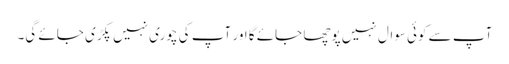
آپ سے کوئی سوال نہیں پوچھا جائے گا اور آپ کی چوری نہیں پکڑی جائے گی۔